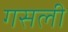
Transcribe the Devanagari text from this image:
गसली